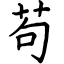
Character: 苟